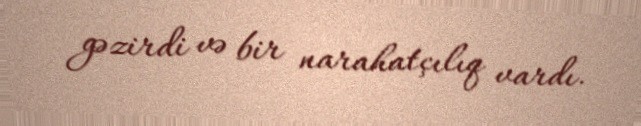
gəzirdi və bir narahatçılıq vardı.